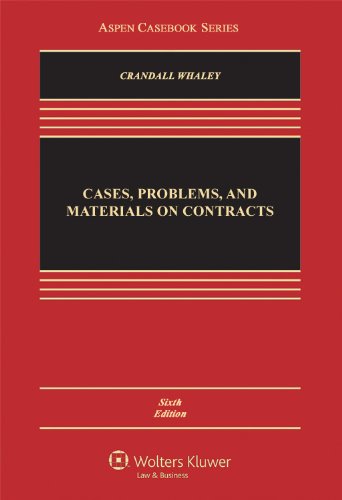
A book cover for Cases, Problems, and Materials on Contracts, Sixth Edition (Aspen Casebook); Thomas D. Crandall; Law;